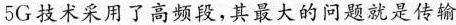
5G技术采用了高频段，其最大的问题就是传输